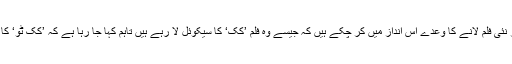
سلمان اپنی ٹویٹ میں عید پر نئی فلم لانے کا وعدے اس انداز میں کر چکے ہیں کہ جیسے وہ فلم ’کک‘ کا سیکوئل لا رہے ہیں تاہم کہا جا رہا ہے کہ ’کک ٹو‘ کا سکرپٹ ابھی تیار نہیں ہے۔